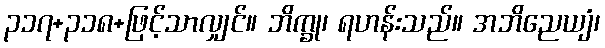
၃၁၇+၃၁၈+ဖြင့်သာလျှင်။ ဘိက္ခု၊ ရဟန်းသည်။ အဘိညေယျံ၊